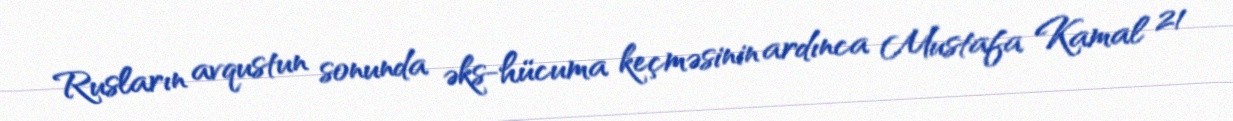
Rusların avqustun sonunda əks-hücuma keçməsinin ardınca Mustafa Kamal 21